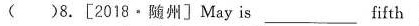
( )8.[2018·随州]May is _______fifth